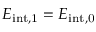
E _ { \mathrm { { i n t } , 1 } } = E _ { \mathrm { { i n t } , 0 } }